Problem: 4 × 2 = ?
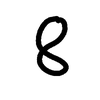
Handwritten answer: 8